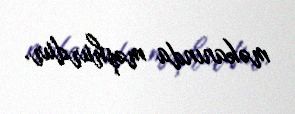
məkanında məşhurdur.